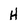
Character: H